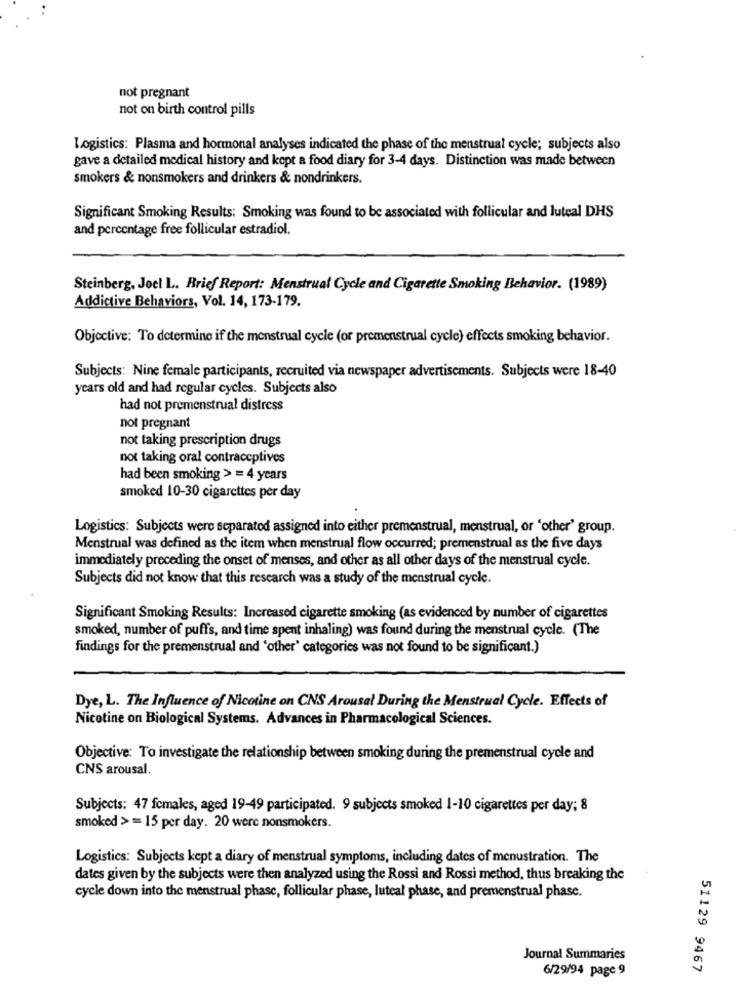
not pregnant
not on birth control pills
Logistics: Plasma and hormonal analyses indicated the phase of the menstrual cycle; subjects also
gave a detailed medical history and kept a food diary for 3-4 days. Distinction was made between
smokers & nonsmokers and drinkers & nondrinkers.
Significant Smoking Results: Smoking was found to be associated with follicular and luteal DHS
and percentage free follicular estradiol.
Steinberg, Joel L. Brief Report: Menstrual Cycle and Cigarette Smoking Behavior. (1989)
Addictive Behaviors, Vol. 14, 173-179.
Objective: To determine if the menstrual cycle (or premenstrual cycle) effects smoking behavior.
Subjects: Nine female participants, recruited via newspaper advertisements. Subjects were 18-40
years old and had regular cycles. Subjects also
had not premenstrual distress
not pregnant
not taking prescription drugs
not taking oral contraceptives
had been smoking > = 4 years
smoked 10-30 cigarettes per day
Logistics: Subjects were separated assigned into either premenstrual, menstrual, or 'other' group.
Menstrual was defined as the item when menstrual flow occurred; premenstrual as the five days
immediately preceding the onset of menses, and other as all other days of the menstrual cycle.
Subjects did not know that this research was a study of the menstrual cycle.
Significant Smoking Results: Increased cigarette smoking (as evidenced by number of cigarettes
smoked, number of puffs, and time spent inhaling) was found during the menstrual cycle. (The
findings for the premenstrual and 'other' categories was not found to be significant.)
Dye, L. The Influence of Nicotine on CNS Arousal During the Menstrual Cycle. Effects of
Nicotine on Biological Systems. Advances in Pharmacological Sciences.
Objective: To investigate the relationship between smoking during the premenstrual cycle and
CNS arousal.
Subjects: 47 females, aged 19-49 participated. 9 subjects smoked 1-10 cigarettes per day; 8
smoked > = 15 per day. 20 were nonsmokers.
Logistics: Subjects kept a diary of menstrual symptoms, including dates of menustration. The
dates given by the subjects were then analyzed using the Rossi and Rossi method, thus breaking the
cycle down into the menstrual phase, follicular phase, luteal phase, and premenstrual phase.
Journal Summaries
6/29/94 page 9
51129 9467